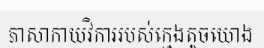
ភាសាកាយវិការរបស់ក្មេងតូចយោង